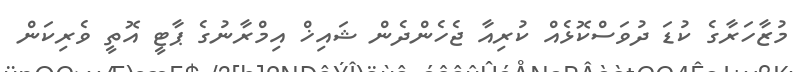
މުޒާހަރާގެ ކުޑަ ދުވަސްކޮޅެއް ކުރިއާ ޖެހެންދެން ޝައިޚް އިމްރާނުގެ ޕާޓީ އޮތީ ވެރިކަން